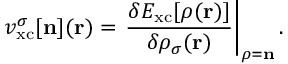
v _ { \mathrm { x c } } ^ { \sigma } [ { \bf n } ] ( { \bf r } ) = \left. \frac { \delta E _ { \mathrm { x c } } [ { \boldsymbol \rho } ( { \bf r } ) ] } { \delta \rho _ { \sigma } ( { \bf r } ) } \right\vert _ { { \boldsymbol \rho } = { \bf n } } .